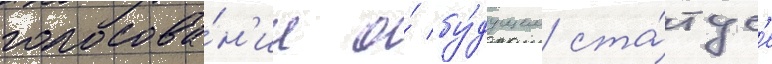
голосова́н'ие о́ бу́дущем ста́тус'е